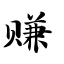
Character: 赚